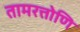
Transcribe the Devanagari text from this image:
तामरत्तोणि